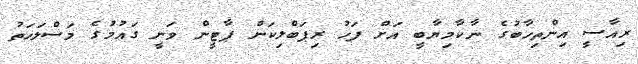
ރިއާސީ އިންތިހާބުގެ ނާކާމިޔާބީ އަށް ފަހު ރިޕަބްލިކަން ޕާޓީން ވަނީ ގައުމުގެ މަސްލަހަތު